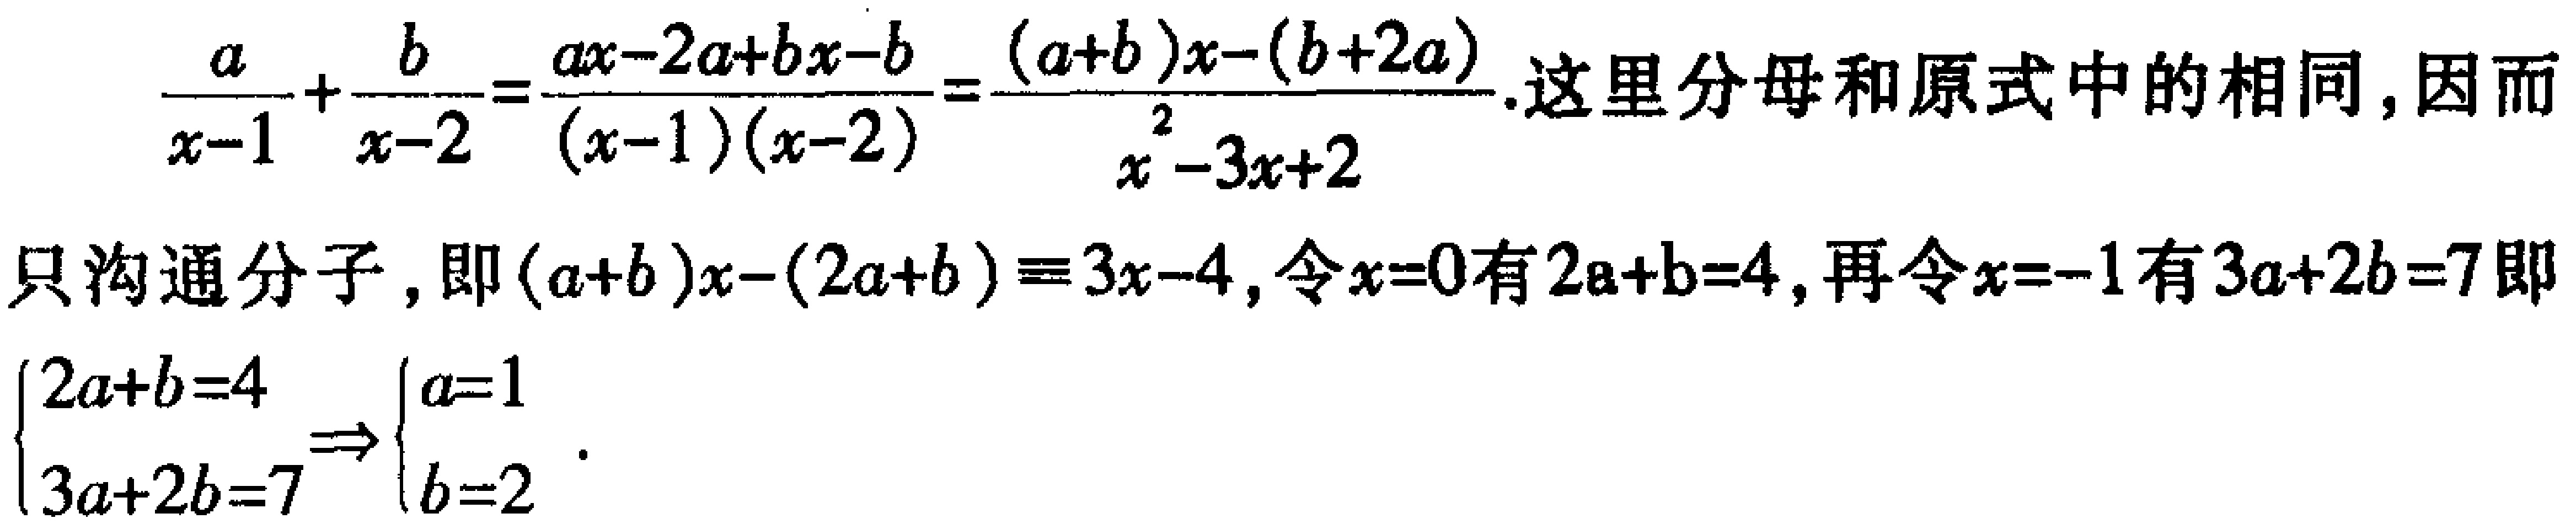
\[\frac{a}{x - 1} + \frac{b}{x - 2} = \frac{ax - 2a + bx - b}{(x - 1)(x - 2)} = \frac{(a + b)x - (b + 2a)}{x^{2} - 3x + 2}\text{.这里分母和原式中的相同,因而}\]
\[只沟通分子，即(a + b)x - (2a + b) \equiv 3x - 4,令x = 0有2a + b = 4,再令x = -1有3a + 2b = 7即\]
\[\begin{cases}2a + b = 4\\3a + 2b = 7\end{cases} \Rightarrow \begin{cases}a = 1\\b = 2\end{cases}\text{.}\]